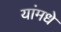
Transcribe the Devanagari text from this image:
यांमधे